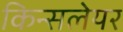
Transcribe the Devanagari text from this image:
किन्सलेयर